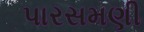
પારસમણી